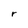
Character: r